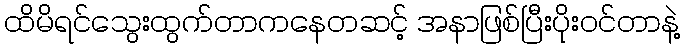
ထိမိရင်သွေးထွက်တာကနေတဆင့် အနာဖြစ်ပြီးပိုးဝင်တာနဲ့